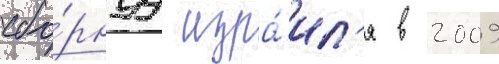
сбо́рнуу изра́ил'я в 2009